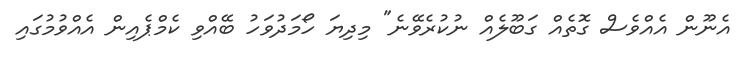
އެނޫން އެއްވެސް ގޮތެއް ގަބޫލެއް ނުކުރެވޭނެ" މިދިޔަ ހޯމަދުވަހު ބޭއްވި ކެމްޕެއިން އެއްވުމުގައި